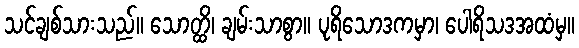
သင်ချစ်သားသည်။ သောတ္ထိ၊ ချမ်းသာစွာ။ ပုရိသောဒကမှာ၊ ပေါရိသဒအထံမှ။